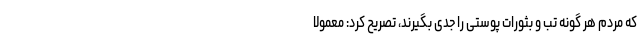
که مردم هر گونه تب و بثورات پوستی را جدی بگیرند، تصریح کرد: معمولاً